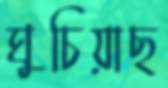
ঘুচিয়াছ